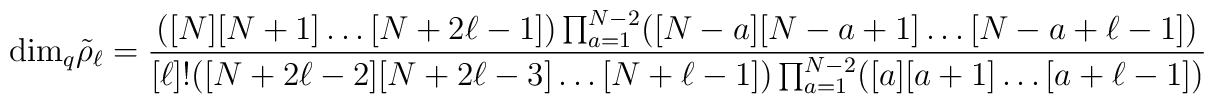
{\rm dim}_q  {\tilde {\rho}}_{\ell} = {([N][N+1] \ldots [N+2\ell-1])\prod_{a=1}^{N-2} ([N-a] [N-a+1] \ldots [N-a+\ell-1])\over [\ell]! ([N+2 \ell-2] [N+2 \ell-3] \ldots [N+\ell-1])  \prod_{a=1}^{N-2} ([a][a+1] \ldots [a + \ell-1])}